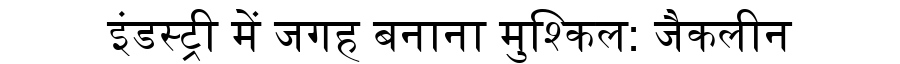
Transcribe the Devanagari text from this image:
इंडस्ट्री में जगह बनाना मुश्किल: जैकलीन